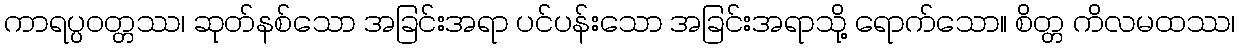
ကာရပ္ပဝတ္တဿ၊ ဆုတ်နစ်သော အခြင်းအရာ ပင်ပန်းသော အခြင်းအရာသို့ ရောက်သော။ စိတ္တ ကိလမထဿ၊